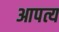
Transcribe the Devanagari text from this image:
आपत्य